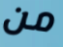
من